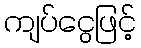
ကျပ်ငွေဖြင့်